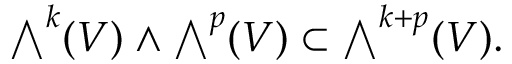
{ \textstyle \bigwedge } ^ { k } ( V ) \wedge { \textstyle \bigwedge } ^ { p } ( V ) \subset { \textstyle \bigwedge } ^ { k + p } ( V ) .